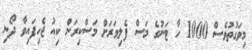
މިވަގުތުވެސް 1000 ހާ ޓަނުގެ މަސް ފެލިވަރަށް މަސްކިރަން ކިއު ޖެހިފައިވާ ދޯނި